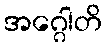
အဂ္ဂေါတိ